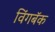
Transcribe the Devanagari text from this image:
विंगबॅक